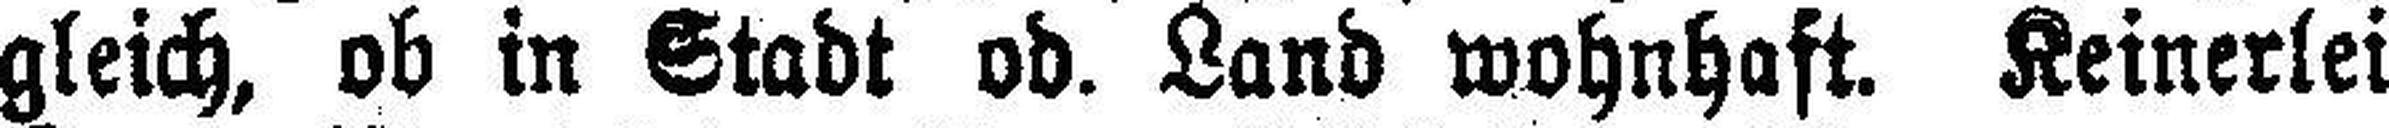
gleich, ob in Stadt od. Land wohnhaft. Keinerlei